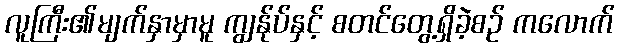
လူကြီး၏မျက်နှာမှာမူ ကျွန်ုပ်နှင့် စတင်တွေ့ရှိခဲ့စဉ် ကလောက်